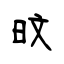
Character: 旼